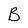
Character: B